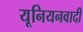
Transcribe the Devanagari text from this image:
यूनियनवादी